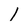
Character: 1